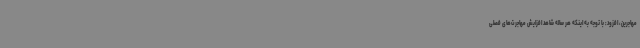
مهاجرین، افزود: با توجه به اینکه هر ساله شاهد افزایش مهاجرت‌های فصلی